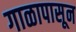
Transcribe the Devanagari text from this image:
गाळापासून